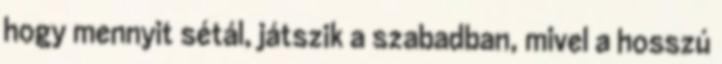
hogy mennyit sétál, játszik a szabadban, mivel a hosszú